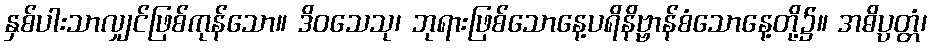
နှစ်ပါးသာလျှင်ဖြစ်ကုန်သော။ ဒိဝသေသု၊ ဘုရားဖြစ်သောနေ့ပရိနိဗ္ဗာန်စံသောနေ့တို့၌။ အဓိပ္ပတ္တံ၊